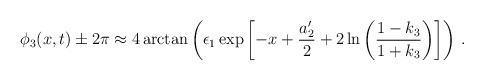
\begin{align*}\phi_{3}(x,t) \pm 2\pi \approx 4\arctan\left(\epsilon_{1}\exp\left[ -x+\frac{a'_{2}}{2}+2\ln\left(\frac{1-k_{3}}{1+k_{3}}\right)\right]\right)\,.\end{align*}